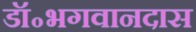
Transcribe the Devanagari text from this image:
डॉ॰भगवानदास